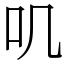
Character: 叽